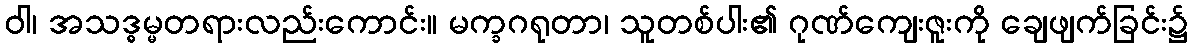
ဝါ၊ အသဒ္ဓမ္မတရားလည်းကောင်း။ မက္ခဂရုတာ၊ သူတစ်ပါး၏ ဂုဏ်ကျေးဇူးကို ချေဖျက်ခြင်း၌